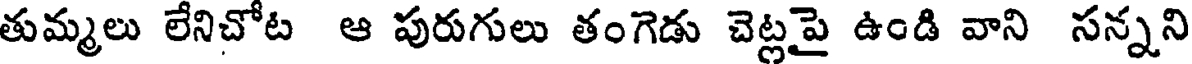
తుమ్మలు లేనిచోట ఆ పురుగులు తంగెడు చెట్లపై ఉండి వాని సన్నని